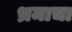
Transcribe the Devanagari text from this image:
भ्रमाचा